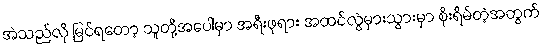
အဲသည်လို မြင်ရတော့ သူတို့အပေါ်မှာ အရီးဖုရား အထင်လွဲမှားသွားမှာ စိုးရိမ်တဲ့အတွက်